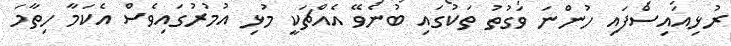
ރުޅިއައިސްފައި ހުންނަ ވަގުތު ތަކުގައި ބުނެވޭ އެއްޗަކީ މުޅި އުމުރުގައިވެސް އެކަމާ ހިތާމަ